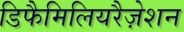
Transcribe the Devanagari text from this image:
डिफैमिलियरैज़ेशन